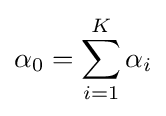
\alpha _{0}=\sum _{i=1}^{K}\alpha _{i}